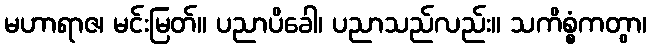
မဟာရာဇ၊ မင်းမြတ်။ ပညာပိခေါ၊ ပညာသည်လည်း။ သကိစ္စံကတွာ၊